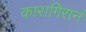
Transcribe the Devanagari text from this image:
कारागिरानं